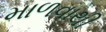
માળવાથી